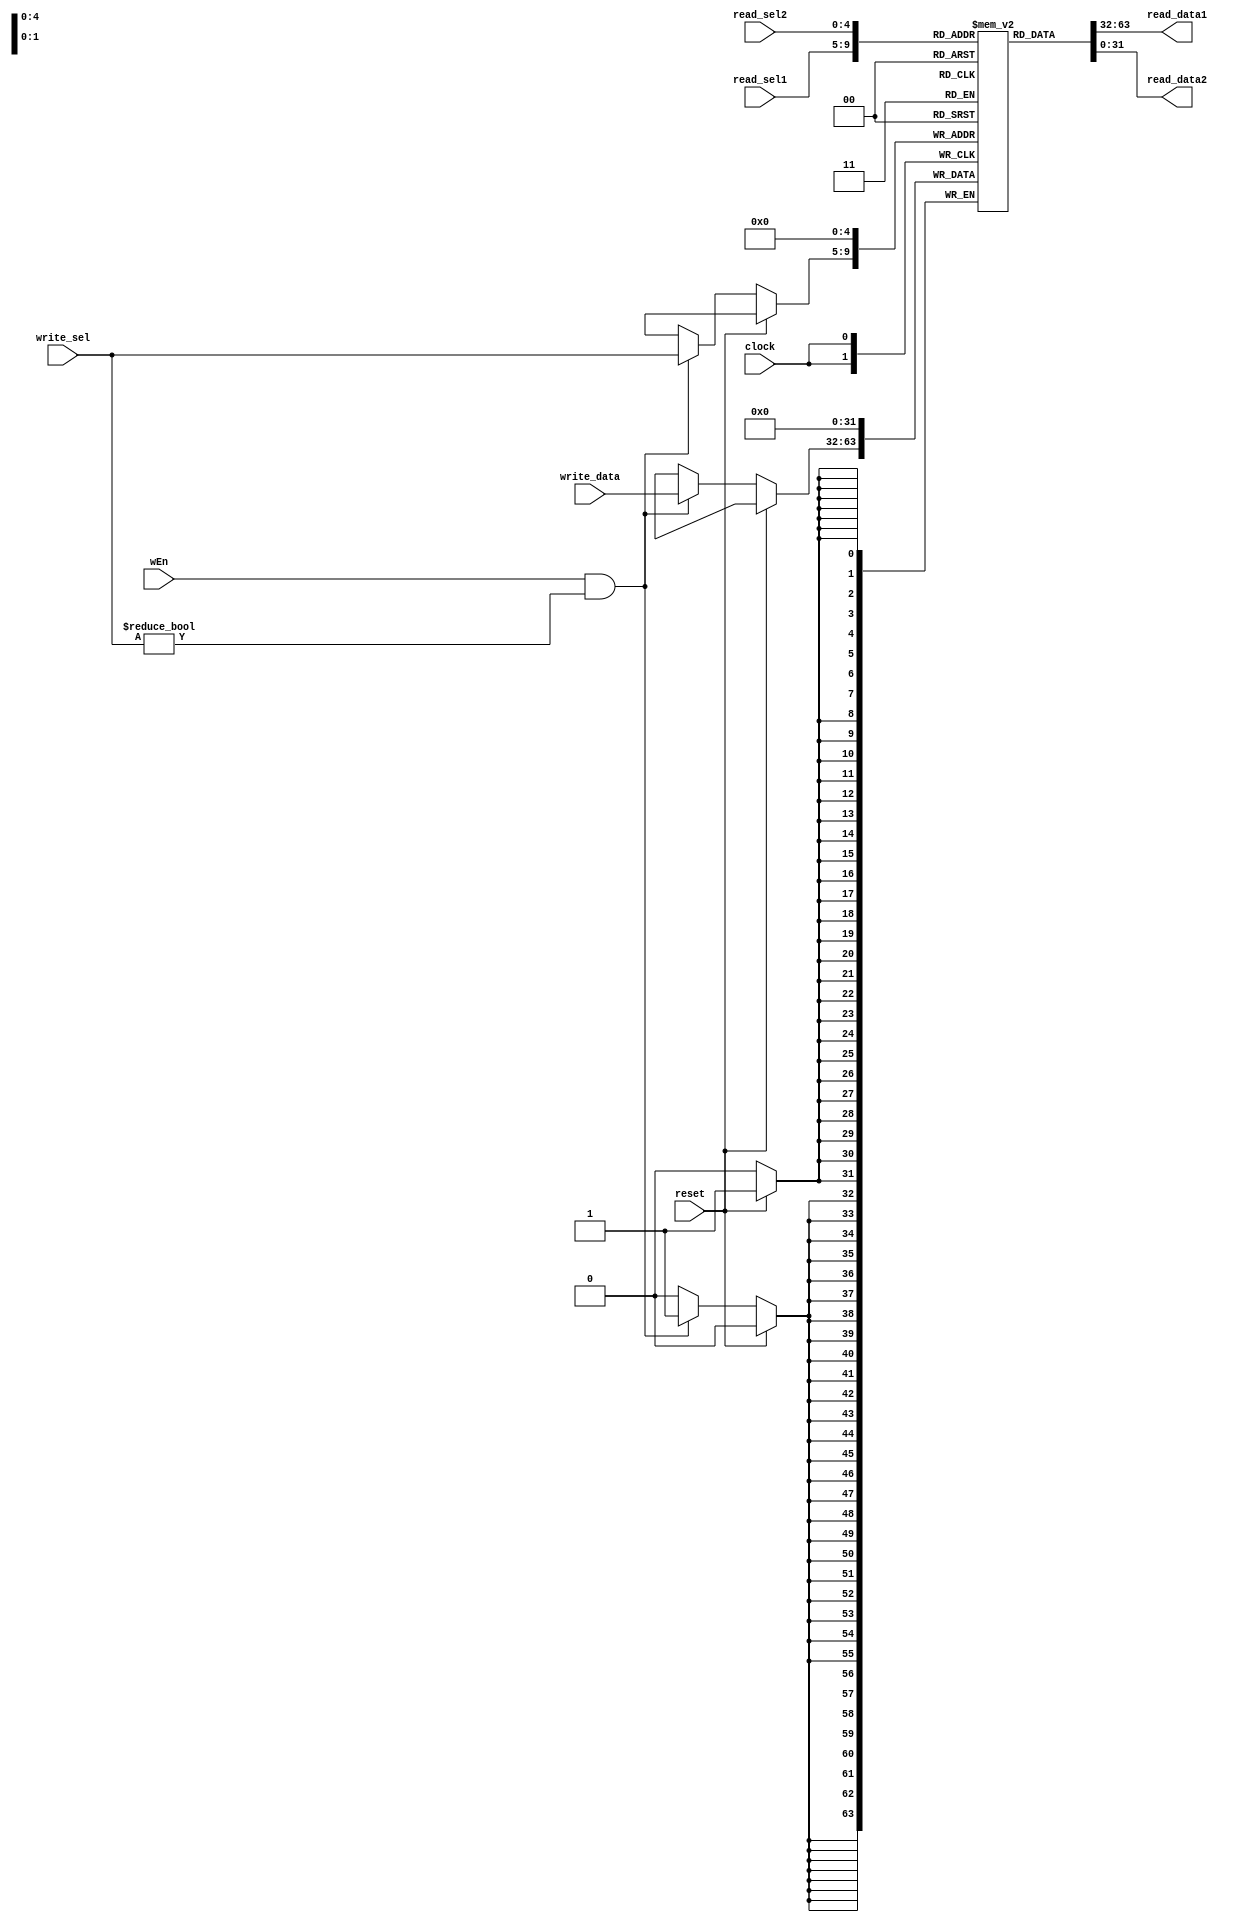
/** @module : regFile
 *  @author : Adaptive & Secure Computing Systems (ASCS) Laboratory
 
 *  Copyright (c) 2018 BRISC-V (ASCS/ECE/BU)
 *  Permission is hereby granted, free of charge, to any person obtaining a copy
 *  of this software and associated documentation files (the "Software"), to deal
 *  in the Software without restriction, including without limitation the rights
 *  to use, copy, modify, merge, publish, distribute, sublicense, and/or sell
 *  copies of the Software, and to permit persons to whom the Software is
 *  furnished to do so, subject to the following conditions:
 *  The above copyright notice and this permission notice shall be included in
 *  all copies or substantial portions of the Software.

 *  THE SOFTWARE IS PROVIDED "AS IS", WITHOUT WARRANTY OF ANY KIND, EXPRESS OR
 *  IMPLIED, INCLUDING BUT NOT LIMITED TO THE WARRANTIES OF MERCHANTABILITY,
 *  FITNESS FOR A PARTICULAR PURPOSE AND NONINFRINGEMENT. IN NO EVENT SHALL THE
 *  AUTHORS OR COPYRIGHT HOLDERS BE LIABLE FOR ANY CLAIM, DAMAGES OR OTHER
 *  LIABILITY, WHETHER IN AN ACTION OF CONTRACT, TORT OR OTHERWISE, ARISING FROM,
 *  OUT OF OR IN CONNECTION WITH THE SOFTWARE OR THE USE OR OTHER DEALINGS IN
 *  THE SOFTWARE.
 */

// Parameterized register file
module regFile #(parameter REG_DATA_WIDTH = 32, REG_SEL_BITS = 5) (
                clock, reset, read_sel1, read_sel2,
                wEn, write_sel, write_data, 
                read_data1, read_data2
);

input clock, reset, wEn; 
input [REG_DATA_WIDTH-1:0] write_data;
input [REG_SEL_BITS-1:0] read_sel1, read_sel2, write_sel;
output[REG_DATA_WIDTH-1:0] read_data1; 
output[REG_DATA_WIDTH-1:0] read_data2; 

(* ram_style = "distributed" *) 
reg   [REG_DATA_WIDTH-1:0] register_file[0:(1<<REG_SEL_BITS)-1];
integer i;

always @(posedge clock)
    if(reset==1)
        register_file[0] <= 0; 
    else 
        if (wEn & write_sel != 0) register_file[write_sel] <= write_data;
          
//----------------------------------------------------
// Drive the outputs
//----------------------------------------------------
assign  read_data1 = register_file[read_sel1];
assign  read_data2 = register_file[read_sel2];

wire [REG_DATA_WIDTH-1:0] reg_zero; 
assign reg_zero = register_file[0];
wire [REG_DATA_WIDTH-1:0] reg_ra; 
assign reg_ra = register_file[1];
wire [REG_DATA_WIDTH-1:0] reg_sp; 
assign reg_sp = register_file[2];
wire [REG_DATA_WIDTH-1:0] reg_gp; 
assign reg_gp = register_file[3];
wire [REG_DATA_WIDTH-1:0] reg_tp; 
assign reg_tp = register_file[4];
wire [REG_DATA_WIDTH-1:0] reg_t0; 
assign reg_t0 = register_file[5];
wire [REG_DATA_WIDTH-1:0] reg_t1; 
assign reg_t1 = register_file[6];
wire [REG_DATA_WIDTH-1:0] reg_t2; 
assign reg_t2 = register_file[7];
wire [REG_DATA_WIDTH-1:0] reg_s0; 
assign reg_s0 = register_file[8];
wire [REG_DATA_WIDTH-1:0] reg_s1; 
assign reg_s1 = register_file[9];
wire [REG_DATA_WIDTH-1:0] reg_a0; 
assign reg_a0 = register_file[10];
wire [REG_DATA_WIDTH-1:0] reg_a1; 
assign reg_a1 = register_file[11];
wire [REG_DATA_WIDTH-1:0] reg_a2; 
assign reg_a2 = register_file[12];
wire [REG_DATA_WIDTH-1:0] reg_a3; 
assign reg_a3 = register_file[13];
wire [REG_DATA_WIDTH-1:0] reg_a4; 
assign reg_a4 = register_file[14];
wire [REG_DATA_WIDTH-1:0] reg_a5; 
assign reg_a5 = register_file[15];
wire [REG_DATA_WIDTH-1:0] reg_a6; 
assign reg_a6 = register_file[16];
wire [REG_DATA_WIDTH-1:0] reg_a7; 
assign reg_a7 = register_file[17];
wire [REG_DATA_WIDTH-1:0] reg_s2; 
assign reg_s2 = register_file[18];
wire [REG_DATA_WIDTH-1:0] reg_s3; 
assign reg_s3 = register_file[19];
wire [REG_DATA_WIDTH-1:0] reg_s4; 
assign reg_s4 = register_file[20];
wire [REG_DATA_WIDTH-1:0] reg_s5; 
assign reg_s5 = register_file[21];
wire [REG_DATA_WIDTH-1:0] reg_s6; 
assign reg_s6 = register_file[22];
wire [REG_DATA_WIDTH-1:0] reg_s7; 
assign reg_s7 = register_file[23];
wire [REG_DATA_WIDTH-1:0] reg_s8; 
assign reg_s8 = register_file[24];
wire [REG_DATA_WIDTH-1:0] reg_s9; 
assign reg_s9 = register_file[25];
wire [REG_DATA_WIDTH-1:0] reg_s10; 
assign reg_s10 = register_file[26];
wire [REG_DATA_WIDTH-1:0] reg_s11; 
assign reg_s11 = register_file[27];
wire [REG_DATA_WIDTH-1:0] reg_t3; 
assign reg_t3 = register_file[28];
wire [REG_DATA_WIDTH-1:0] reg_t4; 
assign reg_t4 = register_file[29];
wire [REG_DATA_WIDTH-1:0] reg_t5; 
assign reg_t5 = register_file[30];
wire [REG_DATA_WIDTH-1:0] reg_t6; 
assign reg_t6 = register_file[31];

endmodule